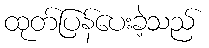
ထုတ်ပြန်ပေးခဲ့သည်